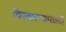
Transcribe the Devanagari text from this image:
विस्तारण्यासाठी